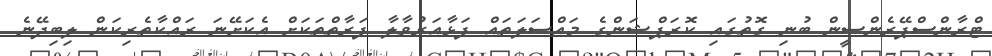
ޓްރާންސްޕޭރެންސީން ބުނި ގޮތުގައި ކޮރަޕްޝަންގެ މައްސަލަތައް ފަޅާއަރުވާލާ ފަރާތްތަކަށް އެކަށޭނަ ރައްކާތެރިކަން ލިބިދޭނެ